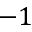
- 1